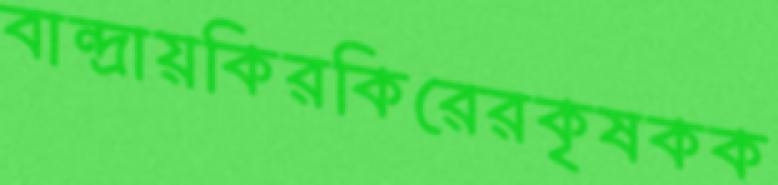
বান্দ্রায়কিরকিরেরকৃষকক